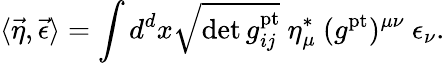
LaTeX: \langle\vec{\eta},\vec{\epsilon}\rangle=\int d^{d}x\sqrt{\operatorname*{det}g_{ij}^{\mathrm{pt}}}\ \eta_{\mu}^{*}\ (g^{\mathrm{pt}})^{\mu\nu}\ \epsilon_{\nu}.